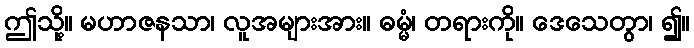
ဤသို့။ မဟာဇနသာ၊ လူအများအား။ ဓမ္မံ၊ တရားကို။ ဒေသေတွာ၊ ၍။